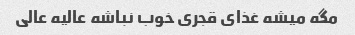
مگه میشه غذای قجری خوب نباشه عالیه عالی